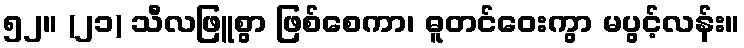
၅၂။ (၂၁) သီလဖြူစွာ ဖြစ်စေကာ၊ ဓူတင်ဝေးကွာ မပွင့်လန်း။